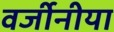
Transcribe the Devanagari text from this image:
वर्जीनीया